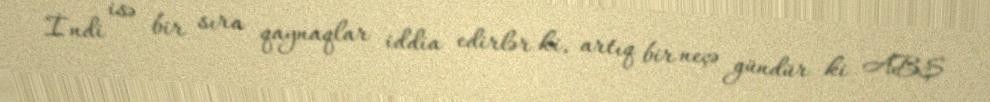
İndi isə bir sıra qaynaqlar iddia edirlər ki, artıq bir neçə gündür ki ABŞ